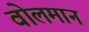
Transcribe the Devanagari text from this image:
वोलमान